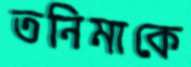
তনিমাকে